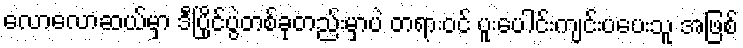
လောလောဆယ်မှာ ဒီပြိုင်ပွဲတစ်ခုတည်းမှာပဲ တရားဝင် ပူးပေါင်းကျင်းပပေးသူ အဖြစ်